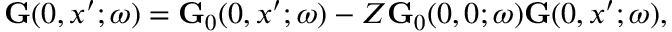
\begin{array} { r } { \ensuremath { \mathbf { G } } ( 0 , x ^ { \prime } ; \omega ) = \ensuremath { \mathbf { G } } _ { 0 } ( 0 , x ^ { \prime } ; \omega ) - Z \ensuremath { \mathbf { G } } _ { 0 } ( 0 , 0 ; \omega ) \ensuremath { \mathbf { G } } ( 0 , x ^ { \prime } ; \omega ) , } \end{array}